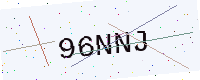
Text: 96NNJ